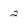
Character: 2